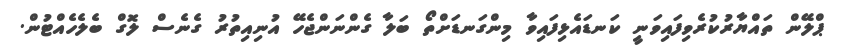
ޕްލޭން ތައްޔާރުކުރެވިފައިވަނީ ކަނޑައެޅިފައިވާ މިންގަނޑަށްތޯ ބަލާ ގެންނަންޖެހޭ އުނިއިތުރު ގެނެސް ލޮގް ބެލެހެއްޓުން.